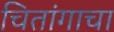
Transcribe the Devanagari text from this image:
चितांगाचा